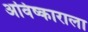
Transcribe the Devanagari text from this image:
अविष्काराला